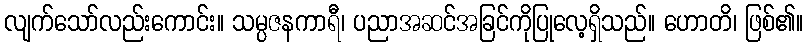
လျက်သော်လည်းကောင်း။ သမ္ပဇနကာရီ၊ ပညာအဆင်အခြင်ကိုပြုလေ့ရှိသည်။ ဟောတိ၊ ဖြစ်၏။